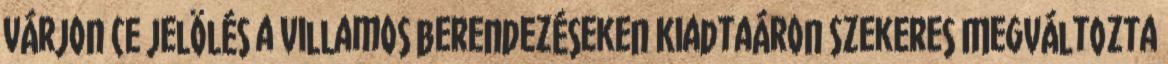
várjon CE jelölés a villamos berendezéseken KiadtaÁron Szekeres Megváltozta